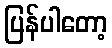
ပြန်ပါတော့